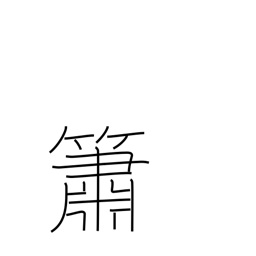
Meaning: flute